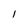
Character: l